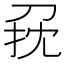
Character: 𠜭